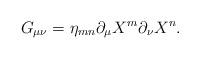
LaTeX: \begin{align*}G_{\mu\nu} = \eta_{mn} \partial_\mu X^m \partial_\nu X^n.\end{align*}